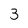
Character: 3